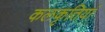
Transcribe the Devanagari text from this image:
कलकृतियां